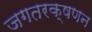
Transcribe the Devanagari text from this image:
जगतरक्षणन